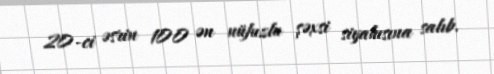
20-ci əsrin 100 ən nüfuzlu şəxsi siyahısına salıb.